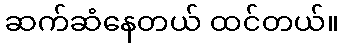
ဆက်ဆံနေတယ် ထင်တယ်။